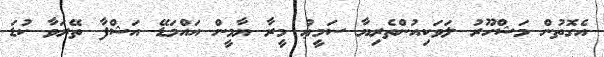
އެގޮތުން މަޝްހޫރު ލަވަކިއުންތެރިޔާ ސަމީޢު މީރާ ޔާމީން އައްމަޑޭ އަޝްފާ ތޭރަވާ ކުޑަ